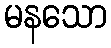
မနသော